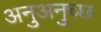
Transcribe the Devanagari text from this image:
अनुअनुच्छ